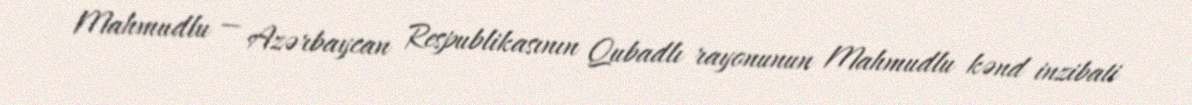
Mahmudlu — Azərbaycan Respublikasının Qubadlı rayonunun Mahmudlu kənd inzibati